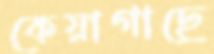
কেয়াগাছে